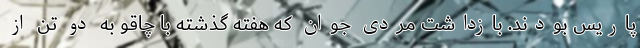
پاریس بودند. بازداشت مردی جوان که هفته گذشته با چاقو به دو تن از